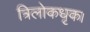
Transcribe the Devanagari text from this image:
त्रिलोकधृक।